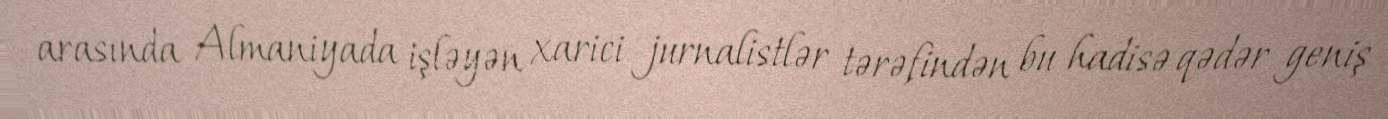
arasında Almaniyada işləyən xarici jurnalistlər tərəfindən bu hadisə qədər geniş